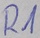
Text: R1